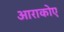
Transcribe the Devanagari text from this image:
आराकोए